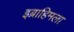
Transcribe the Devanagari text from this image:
इब्राहिमला